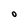
Character: O